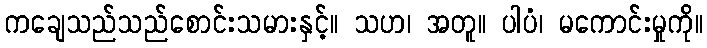
ကချေသည်သည်စောင်းသမားနှင့်။ သဟ၊ အတူ။ ပါပံ၊ မကောင်းမှုကို။